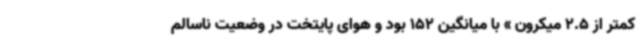
کمتر از 2.5 میکرون » با میانگین 152 بود و هوای پایتخت در وضعیت ناسالم